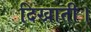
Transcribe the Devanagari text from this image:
दिखाती।